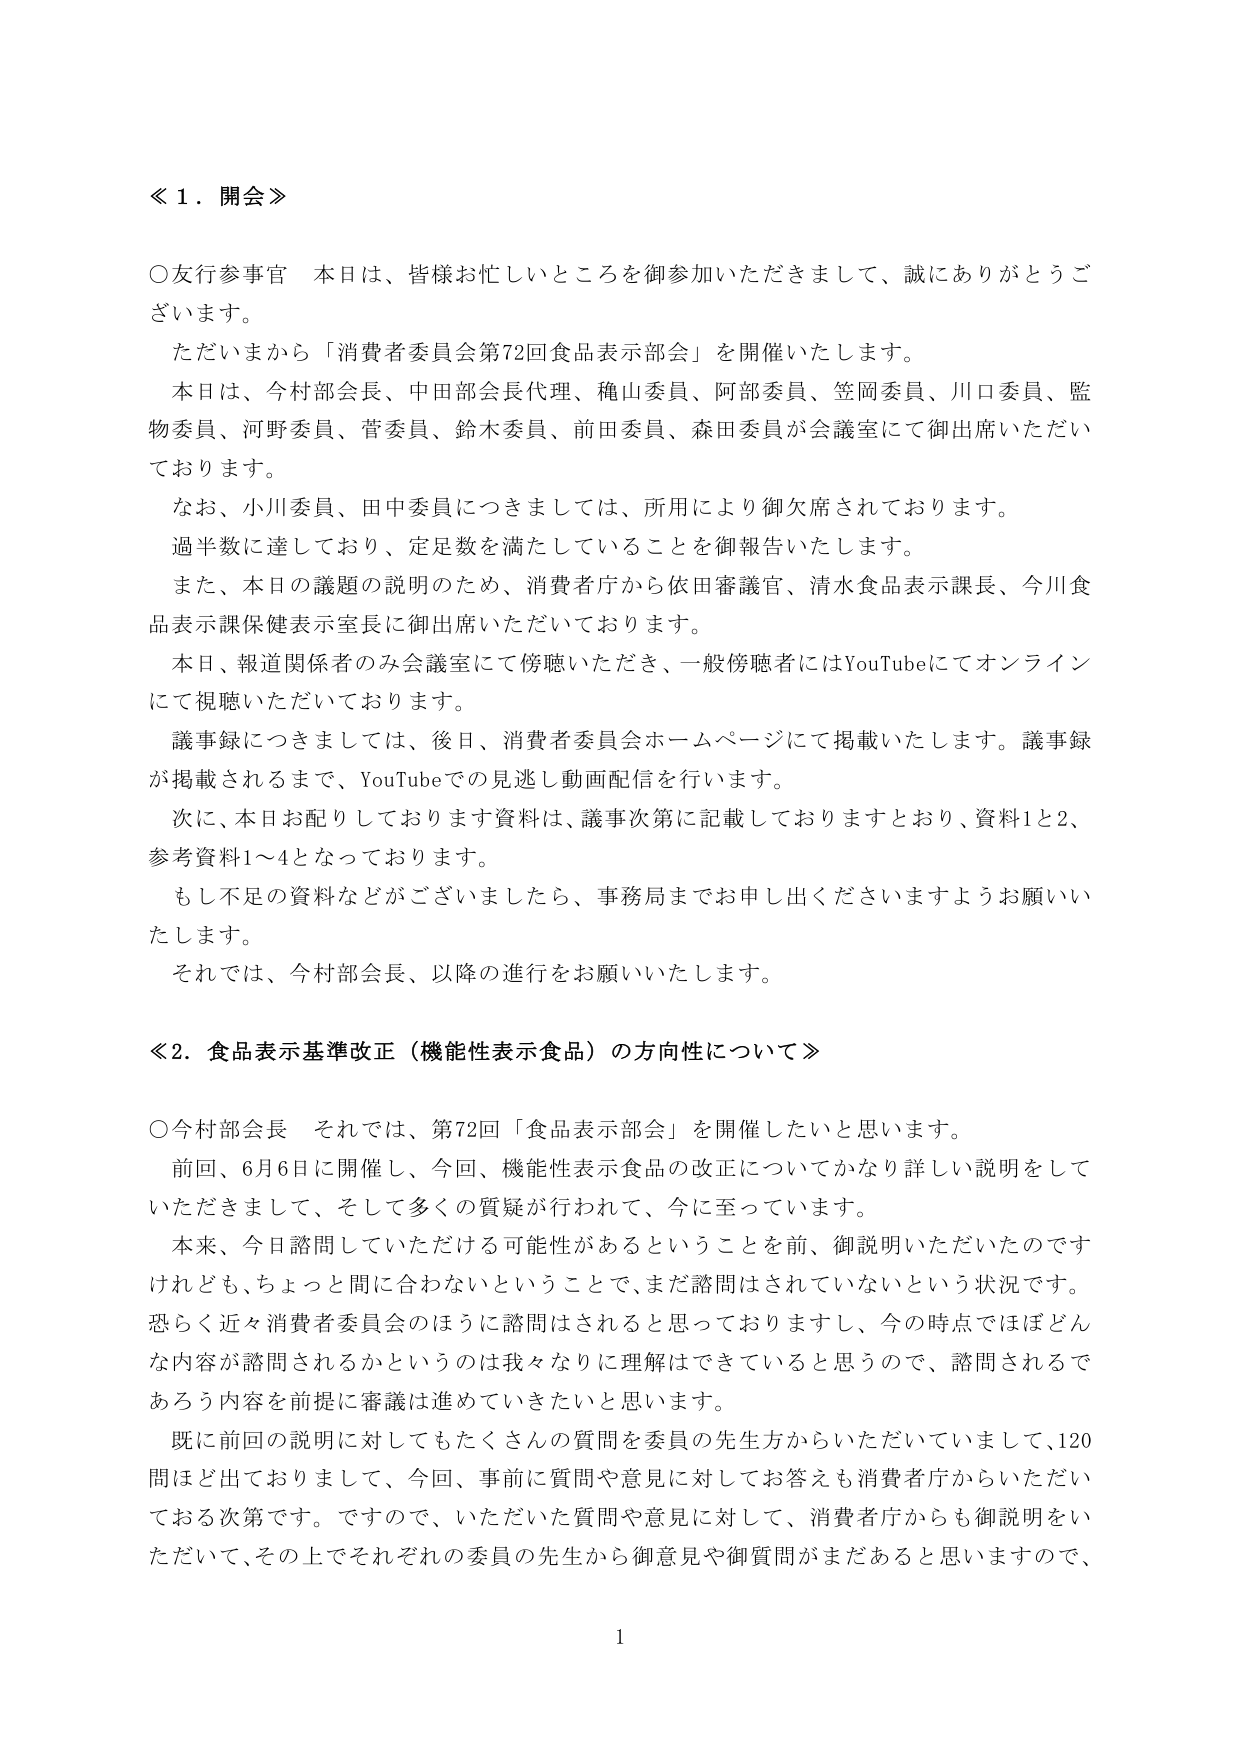
《１．開会》

○友行参事官　本日は、皆様お忙しいところを御参加いただきまして、誠にありがとうございます。

ただいまから「消費者委員会第72回食品表示部会」を開催いたします。

本日は、今村部会長、中田部会長代理、穐山委員、阿部委員、笠岡委員、川口委員、監物委員、河野委員、菅委員、鈴木委員、前田委員、森田委員が会議室にて御出席いただいております。

なお、小川委員、田中委員につきましては、所用により御欠席されております。

過半数に達しており、定足数を満たしていることを御報告いたします。

また、本日の議題の説明のため、消費者庁から依田審議官、清水食品表示課長、今川食品表示課保健表示室長に御出席いただいております。

本日、報道関係者のみ会議室にて傍聴いただき、一般傍聴者にはYouTubeにてオンラインにて視聴いただいております。

議事録につきましては、後日、消費者委員会ホームページにて掲載いたします。議事録が掲載されるまで、YouTubeでの見逃し動画配信を行います。

次に、本日お配りしております資料は、議事次第に記載しておりますとおり、資料1と2、参考資料1～4となっております。

もし不足の資料などがございましたら、事務局までお申し出くださいますようお願いいたします。

それでは、今村部会長、以降の進行をお願いいたします。

《2．食品表示基準改正（機能性表示食品）の方向性について》

○今村部会長　それでは、第72回「食品表示部会」を開催したいと思います。

前回、6月6日に開催し、今回、機能性表示食品の改正についてかなり詳しい説明をしていただきまして、そして多くの質疑が行われて、今に至っています。

本来、今日諮問していただける可能性があるということを前、御説明いただいたのですけれども、ちょっと間に合わないということで、まだ諮問はされていないという状況です。

恐らく近々消費者委員会のほうに諮問はされると思っておりますし、今の時点ではほぼどんな内容が諮問されるかというのは我々なりに理解はできていると思うので、諮問されるであろう内容を前提に審議は進めていきたいと思います。

既に前回の説明に対してもたくさんの質問を委員の先生方からいただいていまして、120問ほど出ておりまして、今回、事前に質問や意見に対してお答えも消費者庁からいただいている次第です。ですので、いただいた質問や意見に対して、消費者庁からも御説明をいただいて、その上でそれぞれの委員の先生から御意見や御質問がまだあると思いますので、